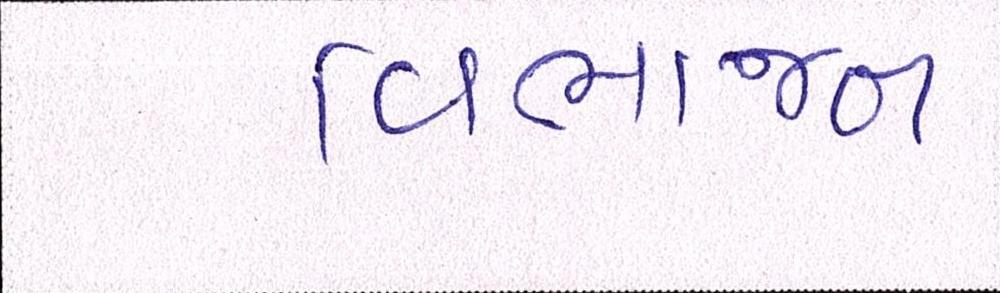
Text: વિભાજન